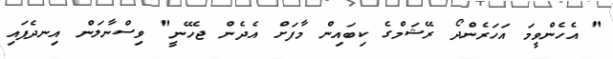
" އެހެންވީމަ އަހަރެންދޯ ރޭޝަމްގެ ކިބައިން މާފަށް އެދެން ޖެހޭނީ" ވިސްނާލަން އިނދެފައި